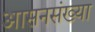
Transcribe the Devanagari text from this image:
आसनसंख्या